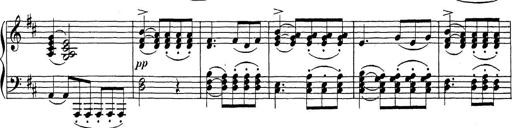
Title: Sonatina Album
Composer: Louis KÃ¶hler